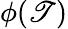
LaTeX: \phi(\mathscr{T})